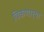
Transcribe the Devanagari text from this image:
विकणार्‍या